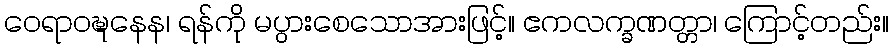
ဝေရာဝဍ္ဎနေန၊ ရန်ကို မပွားစေသောအားဖြင့်။ ဧကလက္ခဏတ္တာ၊ ကြောင့်တည်း။